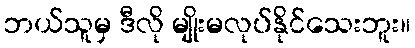
ဘယ်သူမှ ဒီလို မျိုးမလုပ်နိုင်သေးဘူး။